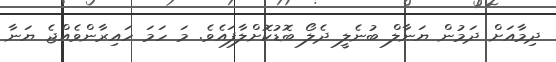
ދިމާއަށް ދަމުން ޔަނާލް ބުނެލީ ދެލޯ ބޮޑުކޮށްލާފައެވެ. މަ ހަމަ ހައިރާންވެއްޖެ ޔަނާ